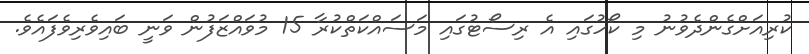
ކުރިއަށްގެންދެވުނު މި ކޯހުގައި އެ ރިސޯޓުގައި މަސައްކަތްކުރާ 15 މުވައްޒަފުން ވަނީ ބައިވެރިވެފައެވެ.